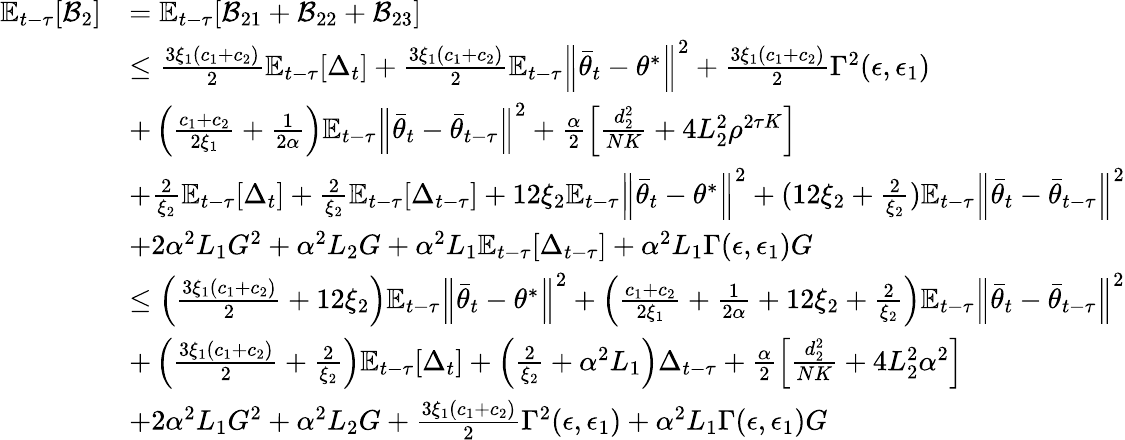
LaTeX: \begin{array}{rl}{\mathbb{E}_{t-\tau}[\mathcal{B}_{2}]}&{=\mathbb{E}_{t-\tau}[\mathcal{B}_{21}+\mathcal{B}_{22}+\mathcal{B}_{23}]}\\ &{\le\frac{3\xi_{1}(c_{1}+c_{2})}{2}\mathbb{E}_{t-\tau}[\Delta_{t}]+\frac{3\xi_{1}(c_{1}+c_{2})}{2}\mathbb{E}_{t-\tau}\Big\lVert\bar{\theta}_{t}-\theta^{*}\Big\rVert^{2}+\frac{3\xi_{1}(c_{1}+c_{2})}{2}\Gamma^{2}(\epsilon,\epsilon_{1})}\\ &{+\left(\frac{c_{1}+c_{2}}{2\xi_{1}}+\frac{1}{2\alpha}\right)\mathbb{E}_{t-\tau}\Big\lVert\bar{\theta}_{t}-\bar{\theta}_{t-\tau}\Big\rVert^{2}+\frac{\alpha}{2}\left[\frac{d_{2}^{2}}{NK}+4L_{2}^{2}\rho^{2\tau K}\right]}\\ &{+\frac{2}{\xi_{2}}\mathbb{E}_{t-\tau}[\Delta_{t}]+\frac{2}{\xi_{2}}\mathbb{E}_{t-\tau}[\Delta_{t-\tau}]+12\xi_{2}\mathbb{E}_{t-\tau}\Big\lVert\bar{\theta}_{t}-\theta^{*}\Big\rVert^{2}+(12\xi_{2}+\frac{2}{\xi_{2}})\mathbb{E}_{t-\tau}\Big\lVert\bar{\theta}_{t}-\bar{\theta}_{t-\tau}\Big\rVert^{2}}\\ &{+2\alpha^{2}L_{1}G^{2}+\alpha^{2}L_{2}G+\alpha^{2}L_{1}\mathbb{E}_{t-\tau}[\Delta_{t-\tau}]+\alpha^{2}L_{1}\Gamma(\epsilon,\epsilon_{1})G}\\ &{\le\left(\frac{3\xi_{1}(c_{1}+c_{2})}{2}+12\xi_{2}\right)\mathbb{E}_{t-\tau}\Big\lVert\bar{\theta}_{t}-\theta^{*}\Big\rVert^{2}+\left(\frac{c_{1}+c_{2}}{2\xi_{1}}+\frac{1}{2\alpha}+12\xi_{2}+\frac{2}{\xi_{2}}\right)\mathbb{E}_{t-\tau}\Big\lVert\bar{\theta}_{t}-\bar{\theta}_{t-\tau}\Big\rVert^{2}}\\ &{+\left(\frac{3\xi_{1}(c_{1}+c_{2})}{2}+\frac{2}{\xi_{2}}\right)\mathbb{E}_{t-\tau}[\Delta_{t}]+\left(\frac{2}{\xi_{2}}+\alpha^{2}L_{1}\right)\Delta_{t-\tau}+\frac{\alpha}{2}\left[\frac{d_{2}^{2}}{NK}+4L_{2}^{2}\alpha^{2}\right]}\\ &{+2\alpha^{2}L_{1}G^{2}+\alpha^{2}L_{2}G+\frac{3\xi_{1}(c_{1}+c_{2})}{2}\Gamma^{2}(\epsilon,\epsilon_{1})+\alpha^{2}L_{1}\Gamma(\epsilon,\epsilon_{1})G}\end{array}